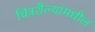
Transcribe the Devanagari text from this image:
चित्रशैल्यांमधील